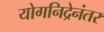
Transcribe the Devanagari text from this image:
योगनिद्रेनंतर